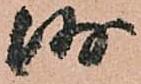
沙